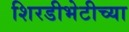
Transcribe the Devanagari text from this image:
शिरडीभेटीच्या